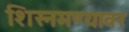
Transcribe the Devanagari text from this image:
शिस्नमण्यावर